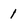
Character: 1